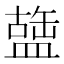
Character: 䀇